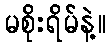
မစိုးရိမ်နဲ့။